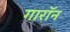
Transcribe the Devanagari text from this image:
गारॉन